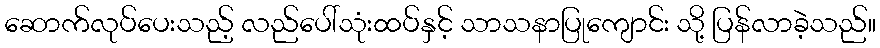
ဆောက်လုပ်ပေးသည့် လည်ပေါ်သုံးထပ်နှင့် သာသနာပြုကျောင်း သို့ ပြန်လာခဲ့သည်။